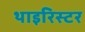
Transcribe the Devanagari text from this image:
थाइरिस्टर